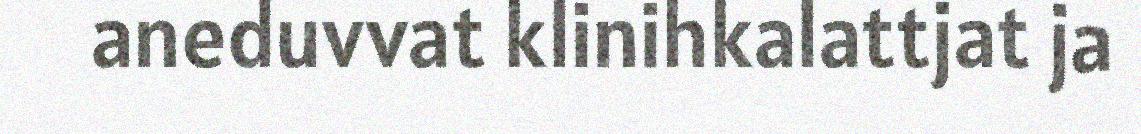
aneduvvat klinihkalattjat ja